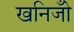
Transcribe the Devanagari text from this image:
खनिजोँ